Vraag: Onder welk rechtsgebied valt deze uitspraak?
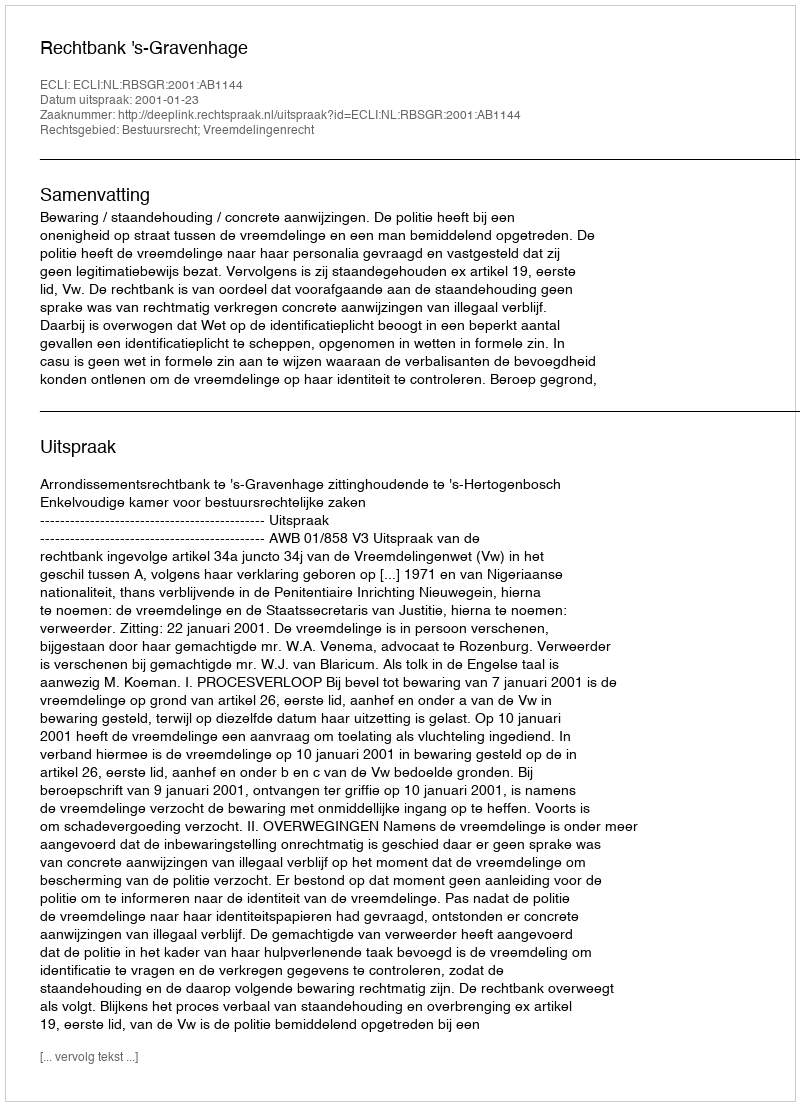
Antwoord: Bestuursrecht; Vreemdelingenrecht